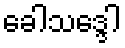
ခေါသဒ္ဒေါ